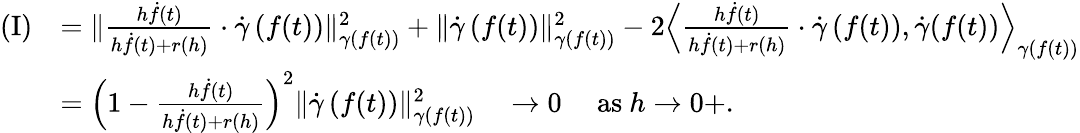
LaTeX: \begin{array}{rl}{\mathrm{(I)}}&{=\| \frac{h\dot{f}(t)}{h\dot{f}(t)+r(h)}\cdot\dot{\gamma}\left(f(t)\right)\| _{\gamma(f(t))}^{2}+\| \dot{\gamma}\left(f(t)\right)\| _{\gamma(f(t))}^{2}-2\Big\langle\frac{h\dot{f}(t)}{h\dot{f}(t)+r(h)}\cdot\dot{\gamma}\left(f(t)\right),\dot{\gamma}(f(t))\Big\rangle_{\gamma(f(t))}}\\ &{=\left(1-\frac{h\dot{f}(t)}{h\dot{f}(t)+r(h)}\right)^{2}\| \dot{\gamma}\left(f(t)\right)\| _{\gamma(f(t))}^{2}\quad\to 0\quad\mathrm{~as~}h\to 0+.}\end{array}